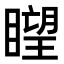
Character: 𥊛